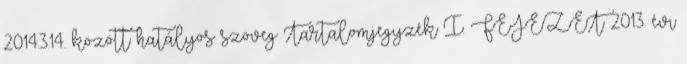
2014.3.14. között hatályos szöveg Tartalomjegyzék I. FEJEZET 2013. évi